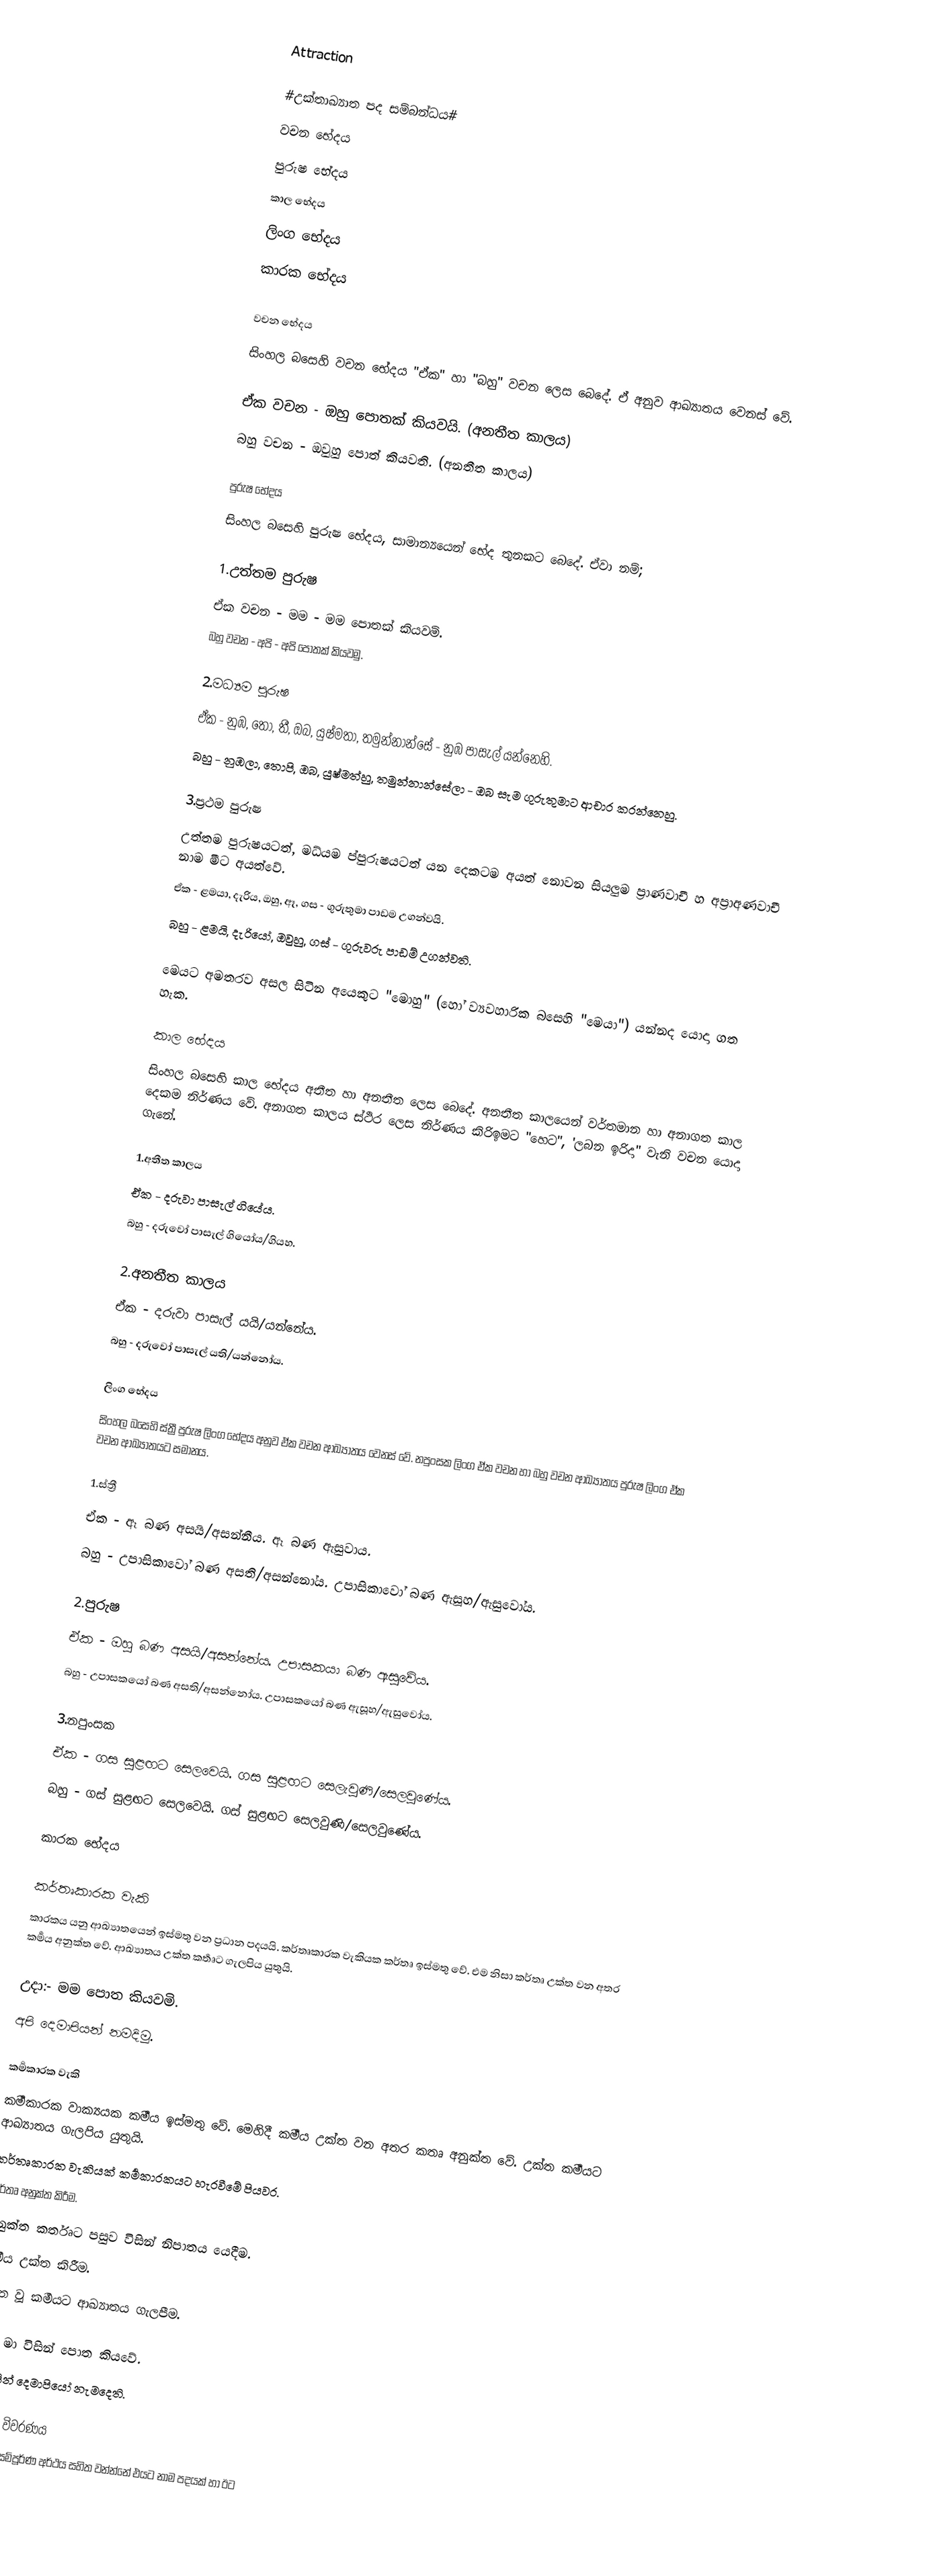
Attraction

#උක්තාඛ්‍යාත පද සම්බන්ධය#
වචන භේදය
පුරුෂ භේදය
කාල භේදය
ලිංග භේදය
කාරක භේදය

වචන භේදය
සිංහල බසෙහි වචන භේදය "ඒක" හා "බහු" වචන ලෙස බෙදේ. ඒ අනුව ආඛ්‍යාතය වෙනස් වේ.

ඒක වචන - ඔහු පොතක් කියවයි.  (අනතීත කාලය)
බහු වචන - ඔවුහු පොත් කියවති.  (අනතීත කාලය)

පුරුෂ භේදය
සිංහල බසෙහි පුරුෂ භේදය, සාමාන්‍යයෙන් භේද තුනකට බෙදේ. ඒවා නම්;

1.උත්තම පුරුෂ
ඒක වචන - මම - මම පොතක් කියවමි.
බහු වචන - අපි - අපි පොතක් කියවමු.

2.මධ්‍යම පුරුෂ
ඒක - නුඹ, තෝ, තී, ඔබ, යුෂ්මතා, තමුන්නාන්සේ -  නුඹ පාසැල් යන්නෙහි.
බහු -  නුඹලා, තොපි, ඔබ, යුෂ්මත්හු, තමුන්නාන්සේලා - ඔබ සැම ගුරුතුමාට ආචාර කරන්නෙහු.

3.ප්‍රථම පුරුෂ
උත්තම පුරුෂයටත්, මධ්යම ප්පුරුෂයටත් යන දෙකටම අයත් නොවන සියලුම ප්‍රාණවාචී හ අප්‍රාඅණවාචී නාම මීට අයත්වේ.
ඒක - ළමයා, දැරිය, ඔහු, ඈ, ගස -  ගුරුතුමා පාඩම උගන්වයි.
බහු - ළමයි, දැරියෝ, ඔවුහු, ගස් - ගුරුවරු පාඩම් උගන්වති.

මෙයට අමතරව අසල සිටින අයෙකුට "මොහු" (හෝ ව්‍යවහාරික බසෙහි "මෙයා") යන්නද යොදා ගත හැක.

කාල භේදය
සිංහල බසෙහි කාල භේදය අතීත හා  අනතීත ලෙස බෙදේ. අනතීත කාලයෙන් වර්තමාන හා අනාගත කාල දෙකම නිර්ණය වේ. අනාගත කාලය ස්ථිර ලෙස නිර්ණය කිරිඉමට "හෙට", 'ලබන ඉරිදා" වැනි වචන යොදා ගැනේ.

1.අතීත කාලය
ඒක - දරුවා පාසැල් ගියේය.
බහු -  දරුවෝ පාසැල් ගියෝය/ගියහ.

2.අනතීත කාලය
ඒක -  දරුවා පාසැල් යයි/යන්නේය.
බහු -   දරුවෝ පාසැල් යති/යන්නෝය.

ලිංග භේදය
සිංහල බසෙහි ස්ත්‍රී පුරුෂ ලිංග භේදය අනුව ඒක වචන ආඛ්‍යාතය වෙනස් වේ. නපුංසක ලිංග ඒක වචන හා බහු වචන ආඛ්‍යාතය පුරුෂ ලිංග ඒක වචන ආඛ්‍යාතයට සමානය.

1.ස්ත්‍රී
ඒක - ඈ බණ අසයි/අසන්නීය.  ඈ බණ ඇසුවාය.
බහු - උපාසිකාවෝ බණ අසති/අසන්නෝය.  උපාසිකාවෝ බණ ඇසූහ/ඇසුවෝය.

2.පුරුෂ
ඒක - ඔහු බණ අසයි/අසන්නේය.  උපාසකයා බණ ඇසුවේය.
බහු - උපාසකයෝ බණ අසති/අසන්නෝය.  උපාසකයෝ බණ ඇසූහ/ඇසුවෝය.

3.නපුංසක
ඒක - ගස සුළඟට සෙලවෙයි.  ගස සුළඟට සෙලැවුණි/සෙලවුණේය.
බහු -  ගස් සුළඟට සෙලවෙයි.  ගස් සුළඟට සෙලවුණි/සෙලවුණේය.

කාරක භේදය

කර්තෘකාරක වැකි
කාරකය යනු ආඛ්‍යාතයෙන් ඉස්මතු වන ප්‍රධාන පදයයි. කර්තෘකාරක වැකියක කර්තෘ ඉස්මතු වේ. එම නිසා කර්තෘ උක්ත වන අතර කර්‍මය අනුක්ත වේ. ආඛ්‍යාතය උක්ත කර්‍තෘට ගැලපිය යුතුයි.

      උදා:- මම පොත කියවමි.
            අපි දෙමාපියන් නමදිමු.

කර්‍මකාරක වැකි
කර්‍මකාරක වාක්‍ය‍යක කර්‍මය ඉස්මතු වේ. මෙහිදී කර්‍මය උක්ත වන අතර කතෘ අනුක්ත වේ. උක්ත කර්‍මයට ආඛ්‍යාතය ගැලපිය යුතුයි.
කර්තෘකාරක වැකියක් කර්‍මකාරකයට හැරවීමේ පියවර.
 කර්තෘ අනුක්ත කිරීම.
 අනුක්ත කර්තෘට පසුව විසින් නිපාතය යෙදීම.
 කර්‍මය උක්ත කිරීම.
 උක්ත වූ කර්‍මයට ආඛ්‍යාතය ගැලපීම.

     උදා:- මා විසින් පොත කියවේ.
           අප විසින් දෙමාපියෝ නැමදෙති.

විභක්ති විවරණය
වාක්‍යයක සම්පූර්ණ අර්ථය සහිත වන්න්නේ එයට නාම පදයක් හා ඊට